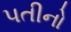
પતીનો